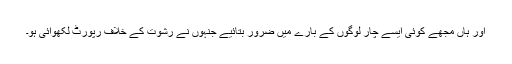
اور ہاں مجھے کوئی ایسے چار لوگوں کے بارے میں ضرور بتائیے جنہوں نے رشوت کے خلاف رپورٹ لکھوائی ہو۔